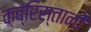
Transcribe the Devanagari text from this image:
क़ब्रिस्तानों